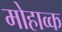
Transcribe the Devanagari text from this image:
मोहाव्क